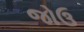
જોઉ